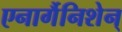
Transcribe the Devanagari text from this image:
एनार्गैनिशेन्